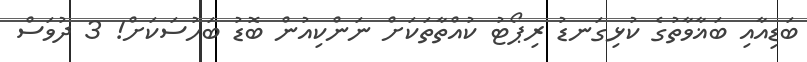
ބަޑިއާއި ބަޣާވާތުގެ ކުޅިގަނޑު ރިޕޯޓު ކުއްތާތަކަށް ނަންކިއުން ބޮޑު ބަހުސަކަށް! 3 ދުވަސް